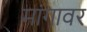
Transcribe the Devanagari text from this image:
मांगावर